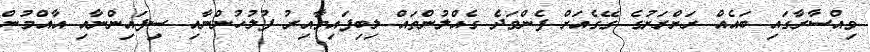
ވިއްސާރާގައި ބައެއް ރަށްރަށުގެ ގޭގެއަށް ފެންވަދެ ގެއްލުންތައް ލިބިފައިވާއިރު ފުލުހުންނާއި ސިފައިންނާއި އާއްމުން